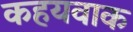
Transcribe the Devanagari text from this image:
कहयवाक